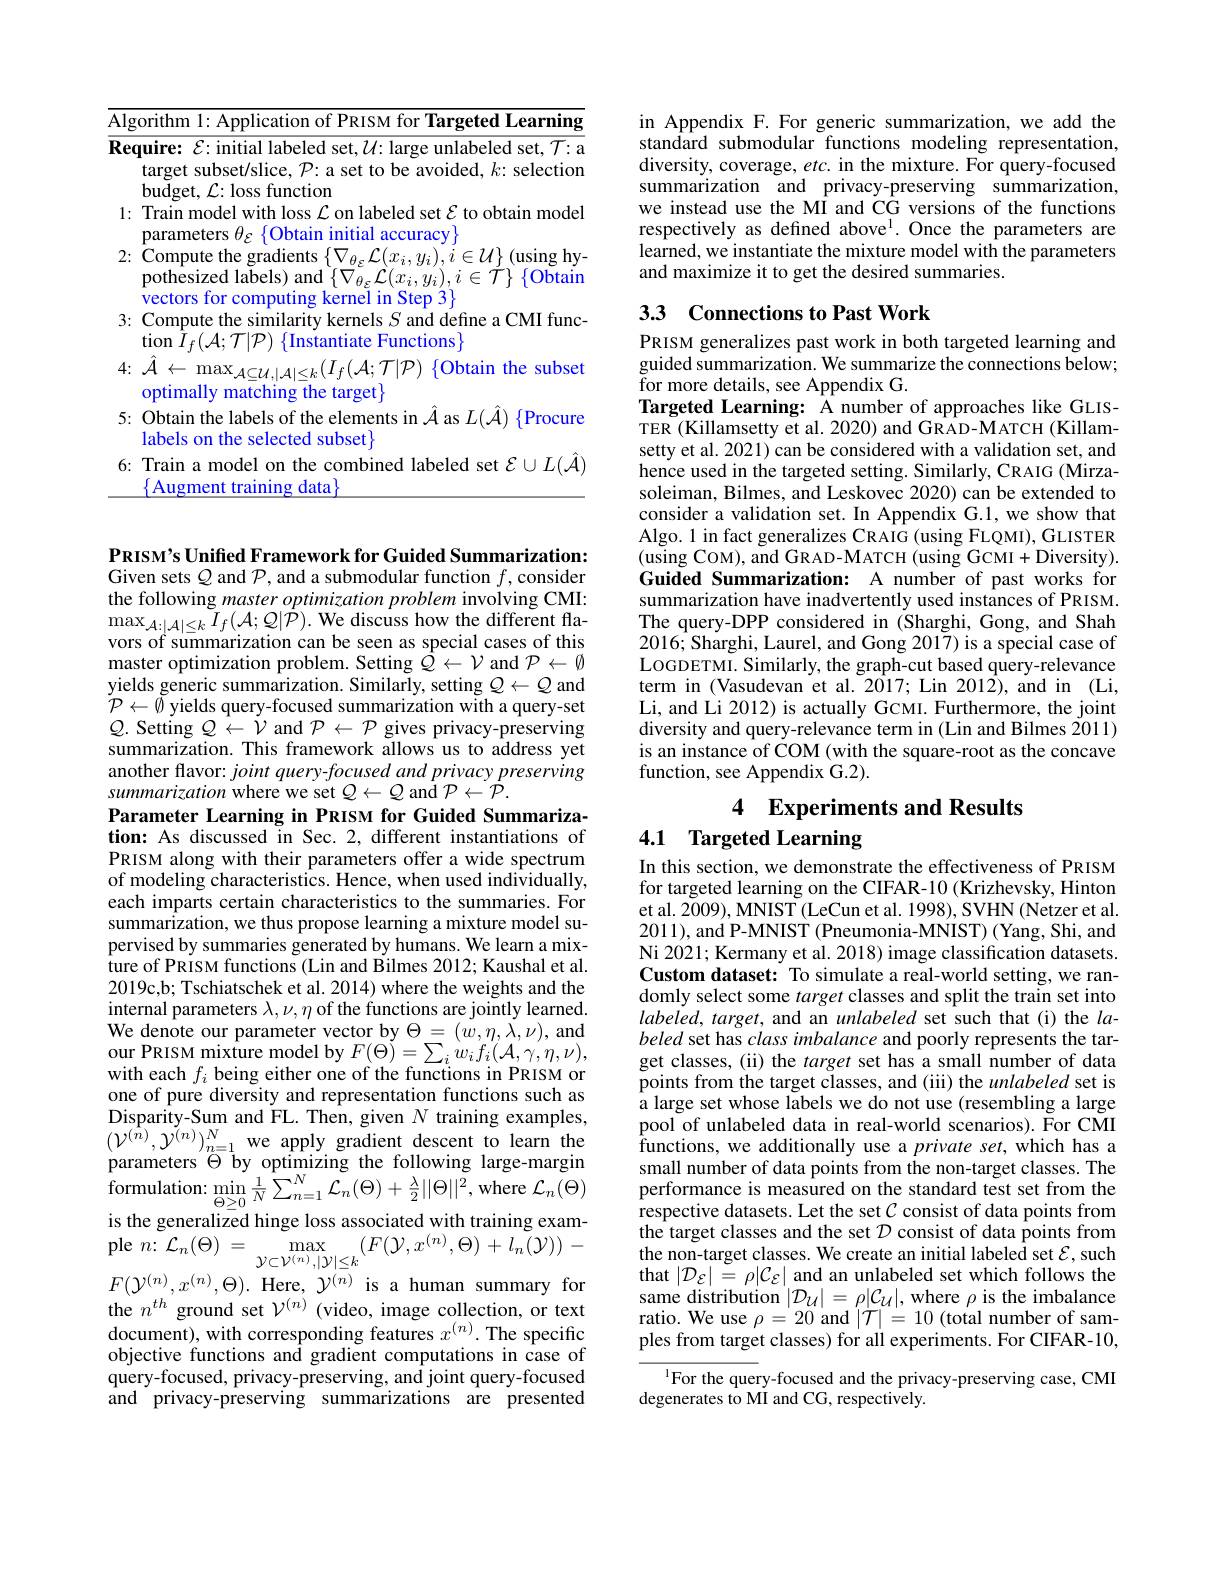
<table>
	<tbody>
		<tr>
			<td>$\overline{\mathrm{Alg}}$ 1 1 1</td>
			<td>arning</td>
		</tr>
		<tr>
			<td>Rec</td>
			<td>quire: $\mathcal{E}:$ initial labeled set, $\mathcal{U}:$ large unlabeled set, $\mathcal{T}:$ a target subset/slice, $\mathcal{P}$:a set to be avoided, $k$: selection $budget,~{\mathcal L}:loss~function$</td>
		</tr>
		<tr>
			<td>1:</td>
			<td>Train model with loss $\mathcal{L}$ on labeled set $\mathcal{E}$ to obtain model $\mathop{\text{parameters}}\theta_{\varepsilon}$ $\{$Obtain initial accuracy</td>
		</tr>
		<tr>
			<td>2:</td>
			<td>Compute the gradients $\{\nabla_{\theta_{\varepsilon}}\mathcal{L}(x_{i},y_{i}),i\in\mathcal{U}\}$ (using hy pothesized labels) and $\{\nabla_{\theta_{\varepsilon}}{\mathcal L}(x_{i},y_{i}),i\in{\mathcal T}\}$ {Obtain vectors for comnutino r kernel in Step 3</td>
		</tr>
		<tr>
			<td>3:</td>
			<td>Compute the similarity kernels $S$ and define a CMI func $\operatorname{tion}I_{f}(\mathcal{A};\mathcal{T}|\mathcal{P})$ $\{$Instantiate Functions$\}$</td>
		</tr>
		<tr>
			<td>4:</td>
			<td>$\hat{\mathcal{A}}\leftarrow\max_{\mathcal{A}\subseteq\mathcal{U},|\mathcal{A}|\leq k}(I_f(\mathcal{A};\mathcal{T}|\mathcal{P})$ {Obtain the subset optimally / matching the target$\}$</td>
		</tr>
		<tr>
			<td>5:</td>
			<td>Obtain the labels of the elements in $\hat{A}$ as $L(\hat{\mathcal{A}})$ {Procure labels on the selected subset}</td>
		</tr>
		<tr>
			<td>6:</td>
			<td>Train a model on the combined labeled set $\mathcal{E}\cup L(\ddot{\mathcal{A}}$ ment training data</td>
		</tr>
	</tbody>
</table>

PRISM's Unified Framework for Guided Summarization: Given sets $Q$ and $\mathcal{P}$,and a submodular function $f$,consider the following master optimization problem involving CMI: $\begin{array}{l}{\max_{\mathcal{A}:|\mathcal{A}|\leq k}\tilde{I}_{f}(\mathcal{A};\mathcal{Q}|\dot{\mathcal{P}}).\mathrm{~We~discuss~how~the~different~fla-}}\\{\mathrm{vors~of~summarization~can~be~seen~as~special~cases~of~this}}\end{array}$ master optimization problem. Setting $Q\leftarrow\mathcal{V}$ and $\mathcal{P}\leftarrow\emptyset$ yields generic summarization. Similarly, setting $\mathcal{Q}\leftarrow\mathcal{Q}$ and $\mathcal{P}\leftarrow\emptyset$ yields query-focused summarization with a query-set $Q.$ Setting $Q\leftarrow\dot{\mathcal{V}}$ and $\mathcal{P}\leftarrow\mathcal{P}$ gives privacy-preserving summarization. This framework allows us to address yet another flavor: joint query-focused and privacy preserving summarization where we set $Q\leftarrow Q$ and $\mathcal{P}\leftarrow\bar{\mathcal{P}}.$
Parameter Learning in PRISM for Guided Summarization: As discussed in Sec. 2, different instantiations of PRISM along with their parameters offer a wide spectrum of modeling characteristics. Hence, when used individually, each imparts certain characteristics to the summaries. For summarization, we thus propose learning a mixture model supervised by summaries generated by humans. We learn a mix- $\dot{\text{ture of PRISM functions (Lin and Bilmes 2012; Kaushal et al.}}$ 2019c,b; Tschiatschek et al. 2014) where the weights and the internal parameters $\lambda,\nu,\eta$ of the functions are jointly learned. $\tilde{\text{We denote our parameter vector by}}\Theta=(\tilde{w},\eta,\dot{\lambda},\nu)$,and our PRISM mixture model by $F( \Theta ) = \sum _{i}w_{i}f_{i}( \mathcal{A} , \gamma , \eta , \nu ) $, with each $f_i$ being either one of the functions in PRISM or one of pure diversity and representation functions such as Disparity-Sum and FL. Then, given $N$ training examples, $(\mathcal{V}^{(\hat{n})},\tilde{\mathcal{Y}}^{(n)})_{n=1}^{N}$we apply gradient descent to learn the parameters $\Theta$ by optimizing the following large-margin ${\mathrm{formulation:}}\operatorname*{min}_{\Theta\geq0}\frac{1}{N}\sum_{n=1}^{N}\mathcal{L}_{n}(\Theta)+\frac{\lambda}{2}||\Theta||^{2}$,where $\mathcal{L}_n(\Theta)$ is the generalized hinge loss associated with training example $n\nobreak {: } \mathcal{L} _n( \Theta )$ $= \max _{\mathcal{Y} \subset \mathcal{V} ^{( n) }, | \mathcal{Y} | \leq k}( F( \mathcal{Y} , x^{( n) }, \Theta ) + l_{n}( \mathcal{Y} ) ) -$ $F(\mathcal{Y}^{(n)},x^{(n)},\Theta).$ Here, $\mathcal{Y}^{(n)}$ is a human summary for the $n^{th}$ ground set $\mathcal{V}^{(n)}$ (video, image collection, or text document), with corresponding features $x^(n).$ The specific objective functions and gradient computations in case of query-focused, privacy-preserving, and joint query-focused and privacy-preserving summarizations are presented

in Appendix F. For generic summarization, we add the standard submodular functions modeling representation, diversity, coverage, $etc.$ in the mixture. For query-focused summarization and privacy-preserving summarization, we instead use the MÎ and CG versions of the functions respectively as defined above$^{1}.$ Once the parameters are learned, we instantiate the mixture model with the parameters and maximize it to get the desired summaries.

## 33 Connections to Past Work

PRISM generalizes past work in both targeted learning and guided summarization. We summarize the connections below; ${\mathrm{~for~more~details,~see~Appendix~G.}}$
Targeted Learning: A number of approaches like GLISTER (Killamsetty et al. 2020) and GRAD-MATCH (Killamsetty et al. 2021) can be considered with a validation set, and hence used in the targeted setting. Similarly, CRAIG (Mirzasoleiman, Bilmes, and Leskovec 2020) can be extended to consider a validation set. In Appendix G.1, we show that Algo. 1 in fact generalizes CRAIG (using FLQMI), GLISTER (using COM), and GRAD-MATCH (using GCMI+Diversity). Guided Summarization: A number of past works for summarization have inadvertently used instances of PRISM. The query-DPP considered in (Sharghi, Gong, and Shah $2016;\dot{\text{Sharghi, Laurel, and Gong 2017) is a special case of}}$ LOGDETMI. Similarly, the graph-cut based query-relevance term in (Vasudevan et al.2017; Lin 2012), and in (Li, Li, and Li 2012) is actually GCMI. Furthermore, the joint diversity and query-relevance term in (Lin and Bilmes 2011) is an instance of COM (with the square-root as the concave function, see Appendix G.2).

4 Experiments and Results

# 4.1 Targeted Learning

In this section, we demonstrate the effectiveness of PRISM for targeted learning on the CIFAR-10 (Krizhevsky, Hinton et al. 2009), MNIST (LeCun et al. 1998), SVHN (Netzer et al. 2011), and P-MNIST (Pneumonia-MNIST) (Yang, Shi, and Ni 2021; Kermany et al. 2018) image classification datasets. Custom dataset: To simulate a real-world setting, we randomly select some target classes and split the train set into $labeled,target$, and an unlabeled set such that (i) the $la$- beled set has class imbalance and poorly represents the target classes, (ii) the target set has a small number of data points from the target classes, and (iii) the unlabeled set is a large set whose labels we do not use (resembling a large pool of unlabeled data in real-world scenarios). For CMI $\bar{\text{functions, we additionally use a private se}t,\mathrm{~which~has~a}}$ small number of data points from the non-target classes. The performance is measured on the standard test set from the respective datasets. Let the set $\mathcal{C}$ consist of data points from the target classes and the set $\mathcal{D}$ consist of data points from the non-target classes. We create an initial labeled set $\mathcal{E}$, such that $|\mathcal{D}_{\mathcal{E}}|=\rho|\mathcal{C}_{\mathcal{E}}|$ and an unlabeled set which follows the same distribution $|\mathcal{D}_{\mathcal U}|=\rho|\mathcal{C}_{\mathcal U}|$, where $\rho$ is the imbalance ratio. We use $\rho=20$ and $|\mathcal{T}|=10$ (total number of samples from target classes) for all experiments. For CIFAR-10,

$^{1}$For the query-focused and the privacy-preserving case, CMI

degenerates to MI and CG, respectively.